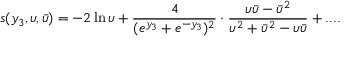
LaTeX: s ( y _ { 3 } , \upsilon , \bar { \upsilon } ) = - 2 \ln \upsilon + \frac { 4 } { ( e ^ { y _ { 3 } } + e ^ { - y _ { 3 } } ) ^ { 2 } } \cdot \frac { \upsilon { \bar { \upsilon } } - { \bar { \upsilon } ^ { 2 } } } { \upsilon ^ { 2 } + { \bar { \upsilon } } ^ { 2 } - \upsilon { \bar { \upsilon } } } + . . . .